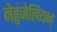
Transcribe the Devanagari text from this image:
नेड्डंजेलियन्